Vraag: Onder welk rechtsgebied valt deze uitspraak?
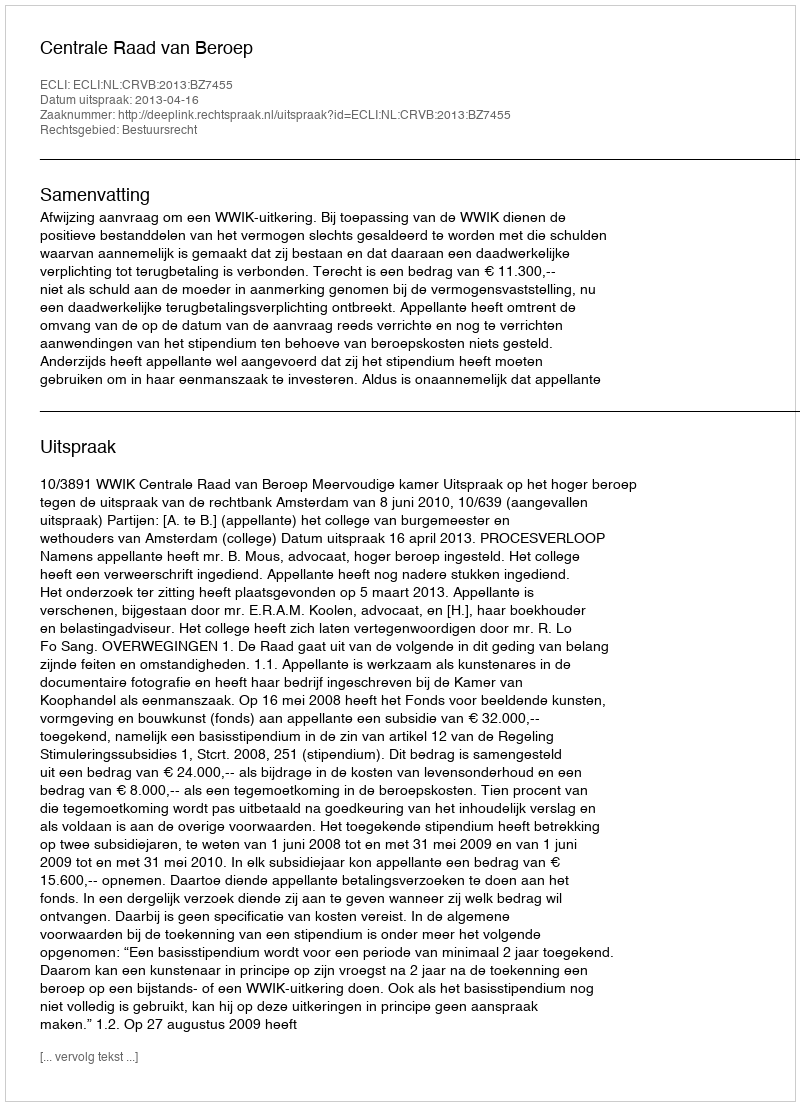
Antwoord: Bestuursrecht